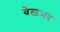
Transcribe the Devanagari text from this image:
येळभर